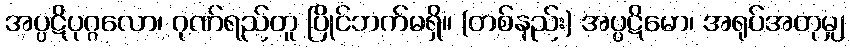
အပ္ပဋိပုဂ္ဂလော၊ ဂုဏ်ရည်တူ ပြိုင်ဘက်မရှိ။ (တစ်နည်း) အပ္ပဋိမော၊ အရုပ်အတုမျှ